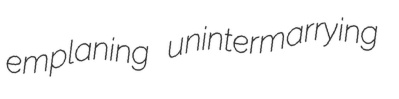
emplaning unintermarrying